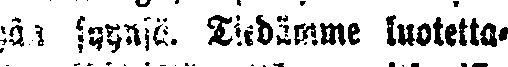
pän syynsä. Tiedämme luotetta-